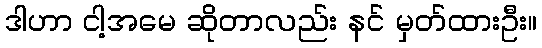
ဒါဟာ ငါ့အမေ ဆိုတာလည်း နင် မှတ်ထားဦး။